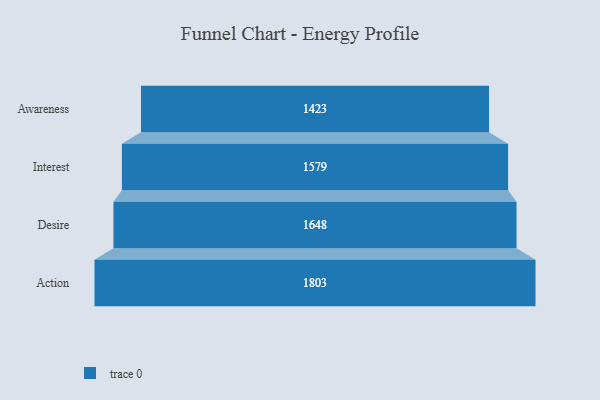
{"axis": {"x": "Stage", "y": "Value"}, "legend": [""], "data": [{"x": "Awareness", "y": 1423.0, "type": ""}, {"x": "Interest", "y": 1579.0, "type": ""}, {"x": "Desire", "y": 1648.0, "type": ""}, {"x": "Action", "y": 1803.0, "type": ""}]}